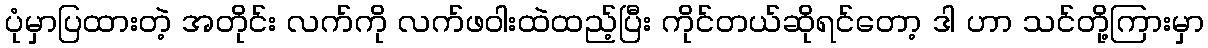
ပုံမှာပြထားတဲ့ အတိုင်း လက်ကို လက်ဖဝါးထဲထည့်ပြီး ကိုင်တယ်ဆိုရင်တော့ ဒါ ဟာ သင်တို့ကြားမှာ